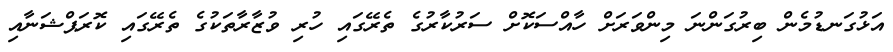
އަޅުގަނޑުމެން ބިރުގަންނަ މިންވަރަށް ހާއްސަކޮށް ސަރުކާރުގެ ތެރޭގައި ހުރި ވުޒާރާތަކުގެ ތެރޭގައި ކޮރަޕްޝަނާއި